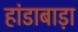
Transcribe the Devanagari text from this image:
हांडाबाड़ा